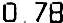
0.78